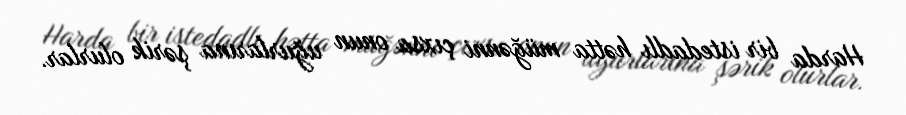
Harda bir istedadlı hətta müğənni çıxsa onun uğurlarına şərik olurlar.